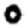
Digit: 0